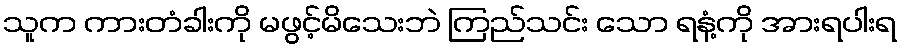
သူက ကားတံခါးကို မဖွင့်မိသေးဘဲ ကြည်သင်း သော ရနံ့ကို အားရပါးရ